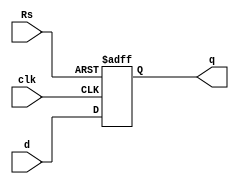
`timescale 1ns / 1ps
//////////////////////////////////////////////////////////////////////////////////
// Company: 
// Engineer: 
// 
// Design Name: 
// Module Name: DFF_Prep
// Project Name: 
// Target Devices: 
// Tool Versions: 
// Description: 
// 
// Dependencies: 
// 
// Revision:
// Revision 0.01 - File Created
// Additional Comments:
// 
//////////////////////////////////////////////////////////////////////////////////


module DFF_Prep(q , d, clk, Rs );
input d,  clk, Rs;
output q;
reg q;

always @(posedge Rs or negedge clk)
if(Rs)
    q<= 1'b0;
    else
    q<=d;
endmodule